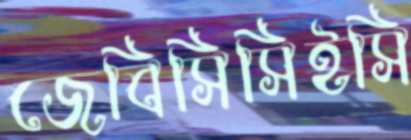
জেবিসিসিইসি